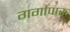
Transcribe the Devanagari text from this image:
गर्गापारु